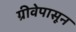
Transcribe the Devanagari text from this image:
ग्रीवेपासून